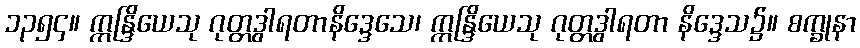
၁၃၅၄။ ဣန္ဒြိယေသု ဂုတ္တဒွါရတာနိဒ္ဒေသေ၊ ဣန္ဒြိယေသု ဂုတ္တဒွါရတာ နိဒ္ဒေသ၌။ စက္ခုနာ